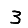
Digit: 3